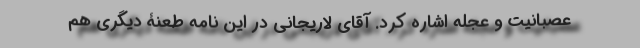
عصبانیت و عجله اشاره کرد. آقای لاریجانی در این نامه طعنۀ دیگری هم